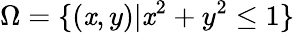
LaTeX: \Omega=\{ (\mathit{x},y)|\mathit{x}^{2}+y^{2}\leq1\}